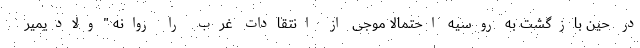
در حین بازگشت به روسیه احتمالا موجی از انتقادات غرب را روانه "ولادیمیر